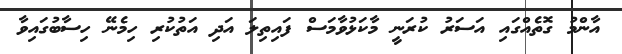
އާންމު ގޮތެއްގައި އަސަރު ކުރަނީ މާކަޅުވާމަސް ފައިތިލަ އަދި އަތުކުރި ހިމެނޭ ހިސާބުގައިވާ